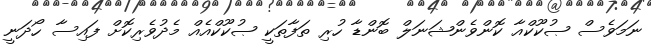
ނަމަވެސް ޞުކޫކްއާ ކޮންވެންޝަނަލް ބޮންޑާ ހުރި ތަފާތަކީ ޞުކޫކްއެއް މެދުވެރިކޮށް ފައިސާ ހޯދަނީ